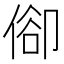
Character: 𠊬